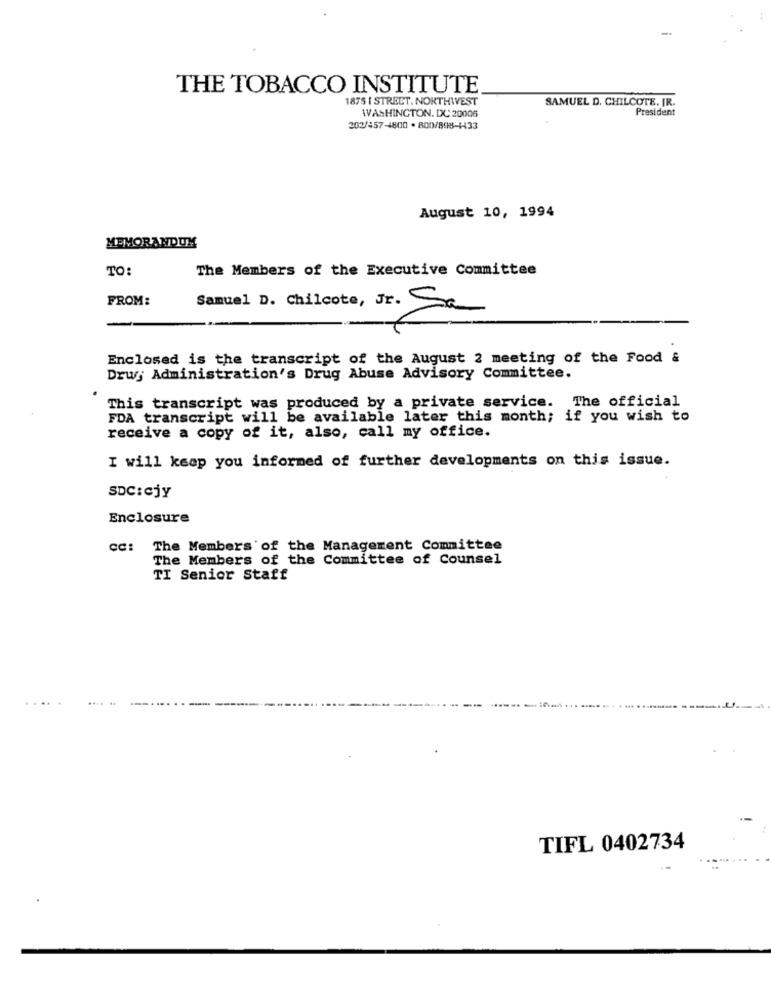
THE TOBACCO INSTITUTE
1875 | STREET. NORTHWEST
SAMUEL D. CHILCOTE, IR.
WASHINGTON, DC 20006
President
202/457-4800 . 800/898-1433
August 10, 1994
MEMORANDUM
TO:
The Members of the Executive Committee
FROM:
Samuel D. Chilcote, Jr. Sa
Enclosed is the transcript of the August 2 meeting of the Food &
Drug Administration's Drug Abuse Advisory Committee.
This transcript was produced by a private service. The official
FDA transcript will be available later this month; if you wish to
receive a copy of it, also, call my office.
I will keep you informed of further developments on this issue.
SDC:CjY
Enclosure
cc: The Members of the Management Committee
The Members of the Committee of Counsel
TI Senior Staff
TIFL 0402734